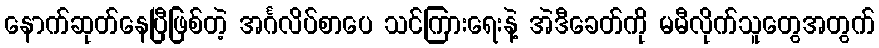
နောက်ဆုတ်နေပြီဖြစ်တဲ့ အင်္ဂလိပ်စာပေ သင်ကြားရေးနဲ့ အဲဒီခေတ်ကို မမီလိုက်သူတွေအတွက်